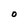
Character: O